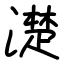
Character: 濋